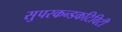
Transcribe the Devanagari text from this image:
सुपरकन्डकटिविटी